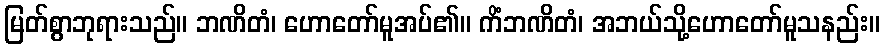
မြတ်စွာဘုရားသည်။ ဘဏိတံ၊ ဟောတော်မူအပ်၏။ ကိံဘဏိတံ၊ အဘယ်သို့ဟောတော်မူသနည်း။